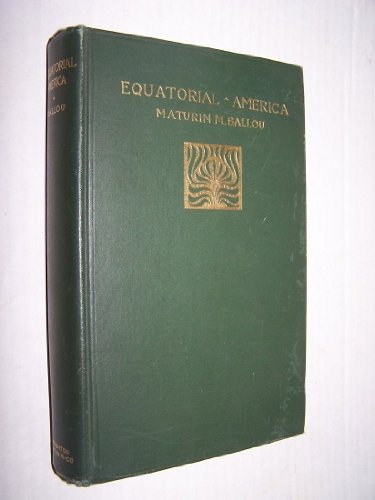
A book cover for Equatorial America - Descriptive of a visit to St. Thomas, Martinique, Barbadoes, and the principal capitals of South America; Maturin Murray Ballou; Travel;